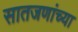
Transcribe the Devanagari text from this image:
सातजणांच्या